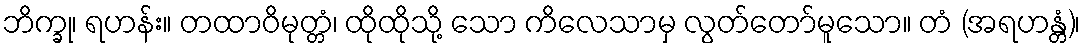
ဘိက္ခု၊ ရဟန်း။ တထာဝိမုတ္တံ၊ ထိုထိုသို့ သော ကိလေသာမှ လွတ်တော်မူသော။ တံ (အရဟန္တံ)၊